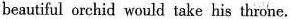
beautiful orchid would take his throne.